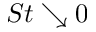
S t \searrow 0